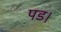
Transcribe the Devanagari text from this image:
पड।